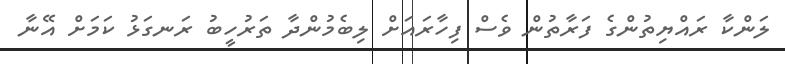
ލަންކާ ރައްޔިތުންގެ ފަރާތުން ވެސް ފިހާރައަށް ލިބެމުންދާ ތަރުހީބު ރަނގަޅު ކަމަށް އޭނާ